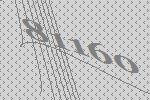
81160